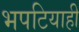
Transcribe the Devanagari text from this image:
भपटियाही